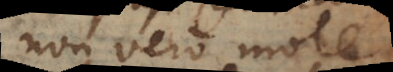
non vero mole